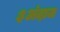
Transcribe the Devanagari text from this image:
३अंदाज